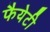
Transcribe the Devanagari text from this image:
फैयेटी